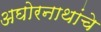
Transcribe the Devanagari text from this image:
अघोरनाथांचे